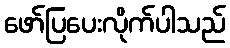
ဖော်ပြပေးလိုက်ပါသည်